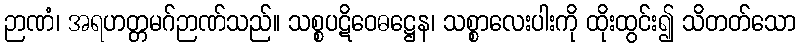
ဉာဏံ၊ အရဟတ္တမဂ်ဉာဏ်သည်။ သစ္စပဋိဝေဓဋ္ဌေန၊ သစ္စာလေးပါးကို ထိုးထွင်း၍ သိတတ်သော